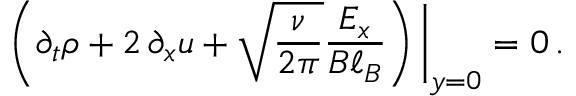
\left( \partial _ { t } \rho + 2 \, \partial _ { x } u + \sqrt { \frac { \nu } { 2 \pi } } \frac { E _ { x } } { B \ell _ { B } } \right) \bigg | _ { y = 0 } = 0 \, .